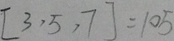
[ 3 , 5 , 7 ] = 1 0 5